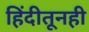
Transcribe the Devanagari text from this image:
हिंदीतूनही